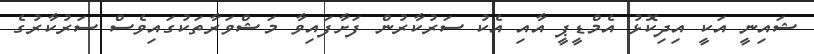
ޝައިނީ އަކީ އިދިކޮޅު އެމްޑީޕީ އާއި އެކު ސަރުކާރުން ފަށާފައިވާ މަޝްވަރާތަކުގައިވެސް ސަރުކާރުގެ